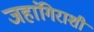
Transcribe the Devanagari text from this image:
जहांगिराशी